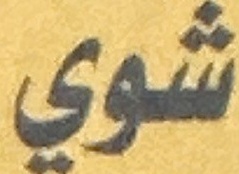
شوي